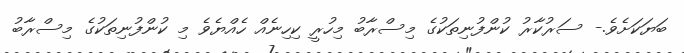
ބަޔަކަށެވެ.- ސަރުކާރު ކުންފުނިތަކުގެ މިސްރާބު މިހުރީ ކިހިނެއް ހެއްޔެވެ މި ކުންފުނިތަކުގެ މިސްރާބު